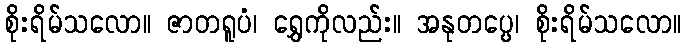
စိုးရိမ်သလော။ ဇာတရူပံ၊ ရွှေကိုလည်း။ အနုတပ္ပေ၊ စိုးရိမ်သလော။